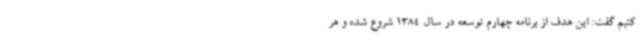
کنیم گفت: این هدف از برنامه چهارم توسعه در سال 1384 شروع شده و هر